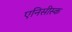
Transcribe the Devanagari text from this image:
एनिसीस्क